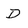
Character: D